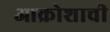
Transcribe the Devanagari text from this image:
आक्रोशाची